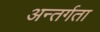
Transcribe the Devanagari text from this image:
अन्तर्गता